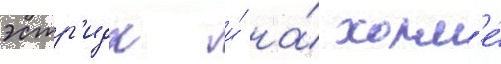
эстр'идж и́ на́ холм'е́